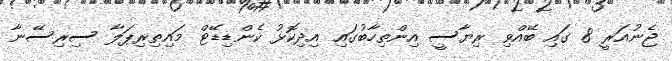
ޖެނުއަރީ 8 ގައި ބޭއްވި ރިޔާސީ އިންތިހާބުގައި އިދިކޮޅު ކެންޑިޑޭޓް މައިތިރިޕަލާ ސިރިސޭނާ